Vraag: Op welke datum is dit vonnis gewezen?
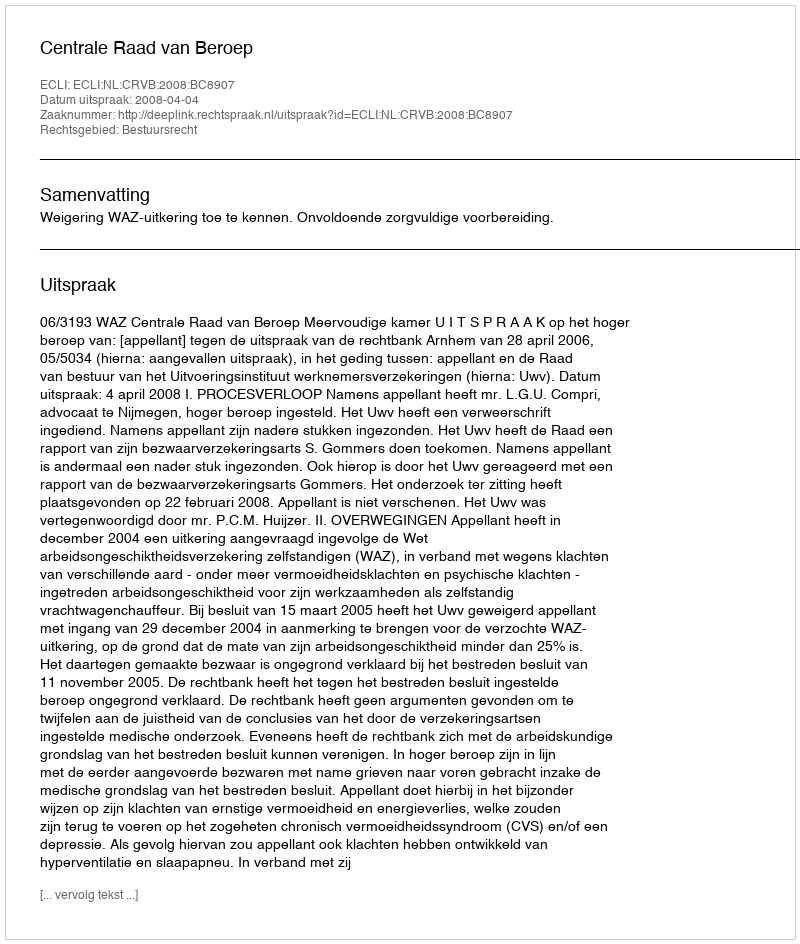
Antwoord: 2008-04-04